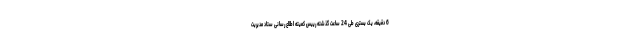
6 دقیقه، یک بستری طی 24 ساعت گذشته رییس کمیته اطلاع رسانی ستاد مدیریت